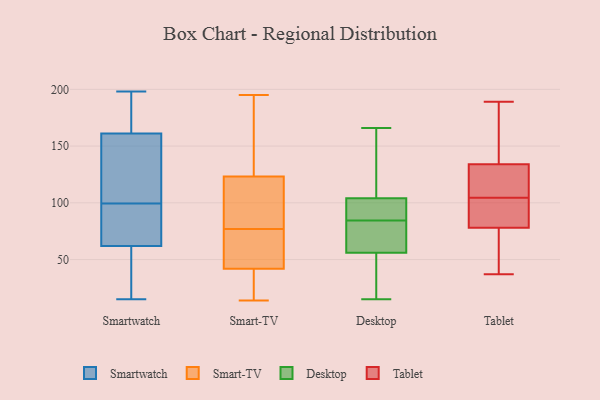
{"axis": {"x": "Net Income (USD K)", "y": "Value"}, "legend": ["Desktop", "Smart-TV", "Smartwatch", "Tablet"], "data": [{"x": "", "y": 165, "type": "Smartwatch"}, {"x": "", "y": 62, "type": "Smartwatch"}, {"x": "", "y": 82, "type": "Smartwatch"}, {"x": "", "y": 144, "type": "Smartwatch"}, {"x": "", "y": 109, "type": "Smartwatch"}, {"x": "", "y": 29, "type": "Smartwatch"}, {"x": "", "y": 115, "type": "Smartwatch"}, {"x": "", "y": 15, "type": "Smartwatch"}, {"x": "", "y": 161, "type": "Smartwatch"}, {"x": "", "y": 198, "type": "Smartwatch"}, {"x": "", "y": 182, "type": "Smartwatch"}, {"x": "", "y": 65, "type": "Smartwatch"}, {"x": "", "y": 112, "type": "Smartwatch"}, {"x": "", "y": 58, "type": "Smartwatch"}, {"x": "", "y": 189, "type": "Smartwatch"}, {"x": "", "y": 18, "type": "Smartwatch"}, {"x": "", "y": 70, "type": "Smartwatch"}, {"x": "", "y": 90, "type": "Smartwatch"}, {"x": "", "y": 65, "type": "Smart-TV"}, {"x": "", "y": 92, "type": "Smart-TV"}, {"x": "", "y": 74, "type": "Smart-TV"}, {"x": "", "y": 171, "type": "Smart-TV"}, {"x": "", "y": 32, "type": "Smart-TV"}, {"x": "", "y": 147, "type": "Smart-TV"}, {"x": "", "y": 26, "type": "Smart-TV"}, {"x": "", "y": 74, "type": "Smart-TV"}, {"x": "", "y": 77, "type": "Smart-TV"}, {"x": "", "y": 116, "type": "Smart-TV"}, {"x": "", "y": 14, "type": "Smart-TV"}, {"x": "", "y": 121, "type": "Smart-TV"}, {"x": "", "y": 80, "type": "Smart-TV"}, {"x": "", "y": 30, "type": "Smart-TV"}, {"x": "", "y": 37, "type": "Smart-TV"}, {"x": "", "y": 166, "type": "Smart-TV"}, {"x": "", "y": 195, "type": "Smart-TV"}, {"x": "", "y": 57, "type": "Smart-TV"}, {"x": "", "y": 124, "type": "Smart-TV"}, {"x": "", "y": 84, "type": "Desktop"}, {"x": "", "y": 50, "type": "Desktop"}, {"x": "", "y": 118, "type": "Desktop"}, {"x": "", "y": 81, "type": "Desktop"}, {"x": "", "y": 53, "type": "Desktop"}, {"x": "", "y": 87, "type": "Desktop"}, {"x": "", "y": 60, "type": "Desktop"}, {"x": "", "y": 56, "type": "Desktop"}, {"x": "", "y": 85, "type": "Desktop"}, {"x": "", "y": 109, "type": "Desktop"}, {"x": "", "y": 107, "type": "Desktop"}, {"x": "", "y": 98, "type": "Desktop"}, {"x": "", "y": 70, "type": "Desktop"}, {"x": "", "y": 28, "type": "Desktop"}, {"x": "", "y": 15, "type": "Desktop"}, {"x": "", "y": 104, "type": "Desktop"}, {"x": "", "y": 56, "type": "Desktop"}, {"x": "", "y": 166, "type": "Desktop"}, {"x": "", "y": 104, "type": "Desktop"}, {"x": "", "y": 93, "type": "Desktop"}, {"x": "", "y": 83, "type": "Tablet"}, {"x": "", "y": 97, "type": "Tablet"}, {"x": "", "y": 45, "type": "Tablet"}, {"x": "", "y": 134, "type": "Tablet"}, {"x": "", "y": 112, "type": "Tablet"}, {"x": "", "y": 189, "type": "Tablet"}, {"x": "", "y": 131, "type": "Tablet"}, {"x": "", "y": 153, "type": "Tablet"}, {"x": "", "y": 37, "type": "Tablet"}, {"x": "", "y": 78, "type": "Tablet"}]}